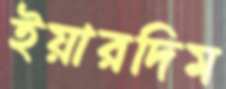
ইয়ারদিম